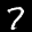
Label: 7